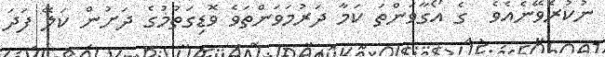
ނުކުރެވޭނެއެވެ  ގެ އޯގާވަންތަ ކަމާ ދަރުމަވަންތަވެ ވޮޑިގަތުމުގެ ދަށުން ކަލޭ ފަދަ